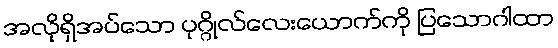
အလိုရှိအပ်သော ပုဂ္ဂိုလ်လေးယောက်ကို ပြသောဂါထာ